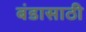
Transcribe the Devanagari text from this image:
बंडासाठी